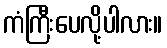
ကံကြီးပေလို့ပါလား။